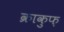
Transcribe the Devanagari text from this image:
क्राकुफ़